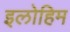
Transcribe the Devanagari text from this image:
इलोहिम